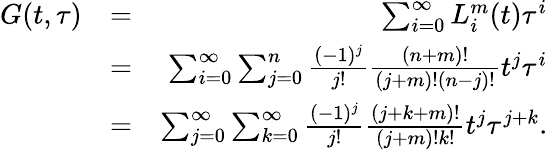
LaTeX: \begin{array}{rlr}{G(t,\tau)}&{=}&{\sum_{i=0}^{\infty}L_{i}^{m}(t)\tau^{i}}\\ &{=}&{\sum_{i=0}^{\infty}\sum_{j=0}^{n}\frac{(-1)^{j}}{j!}\frac{(n+m)!}{(j+m)!(n-j)!}t^{j}\tau^{i}}\\ &{=}&{\sum_{j=0}^{\infty}\sum_{k=0}^{\infty}\frac{(-1)^{j}}{j!}\frac{(j+k+m)!}{(j+m)!k!}t^{j}\tau^{j+k}.}\end{array}